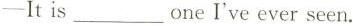
-It is ___ one I've ever seen.